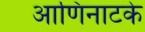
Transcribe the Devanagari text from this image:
आणिनाटके